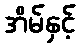
အိမ်နှင့်